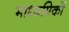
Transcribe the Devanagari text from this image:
माध्यमिकों